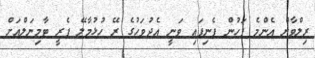
ރިލްވާން އެންމެ ފަހުން ފެނިފައި ވަނީ އެދުވަހުގެ ރޭ ހުޅުމާލޭ ފެރީ ޓާމިނަލްއަށް